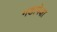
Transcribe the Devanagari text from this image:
गडापेक्षा